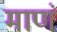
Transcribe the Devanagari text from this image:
माणं